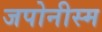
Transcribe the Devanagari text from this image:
जपोनीस्म